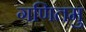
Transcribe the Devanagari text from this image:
गणितमु